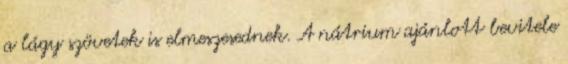
a lágy szövetek is elmeszesednek. A nátrium ajánlott bevitele